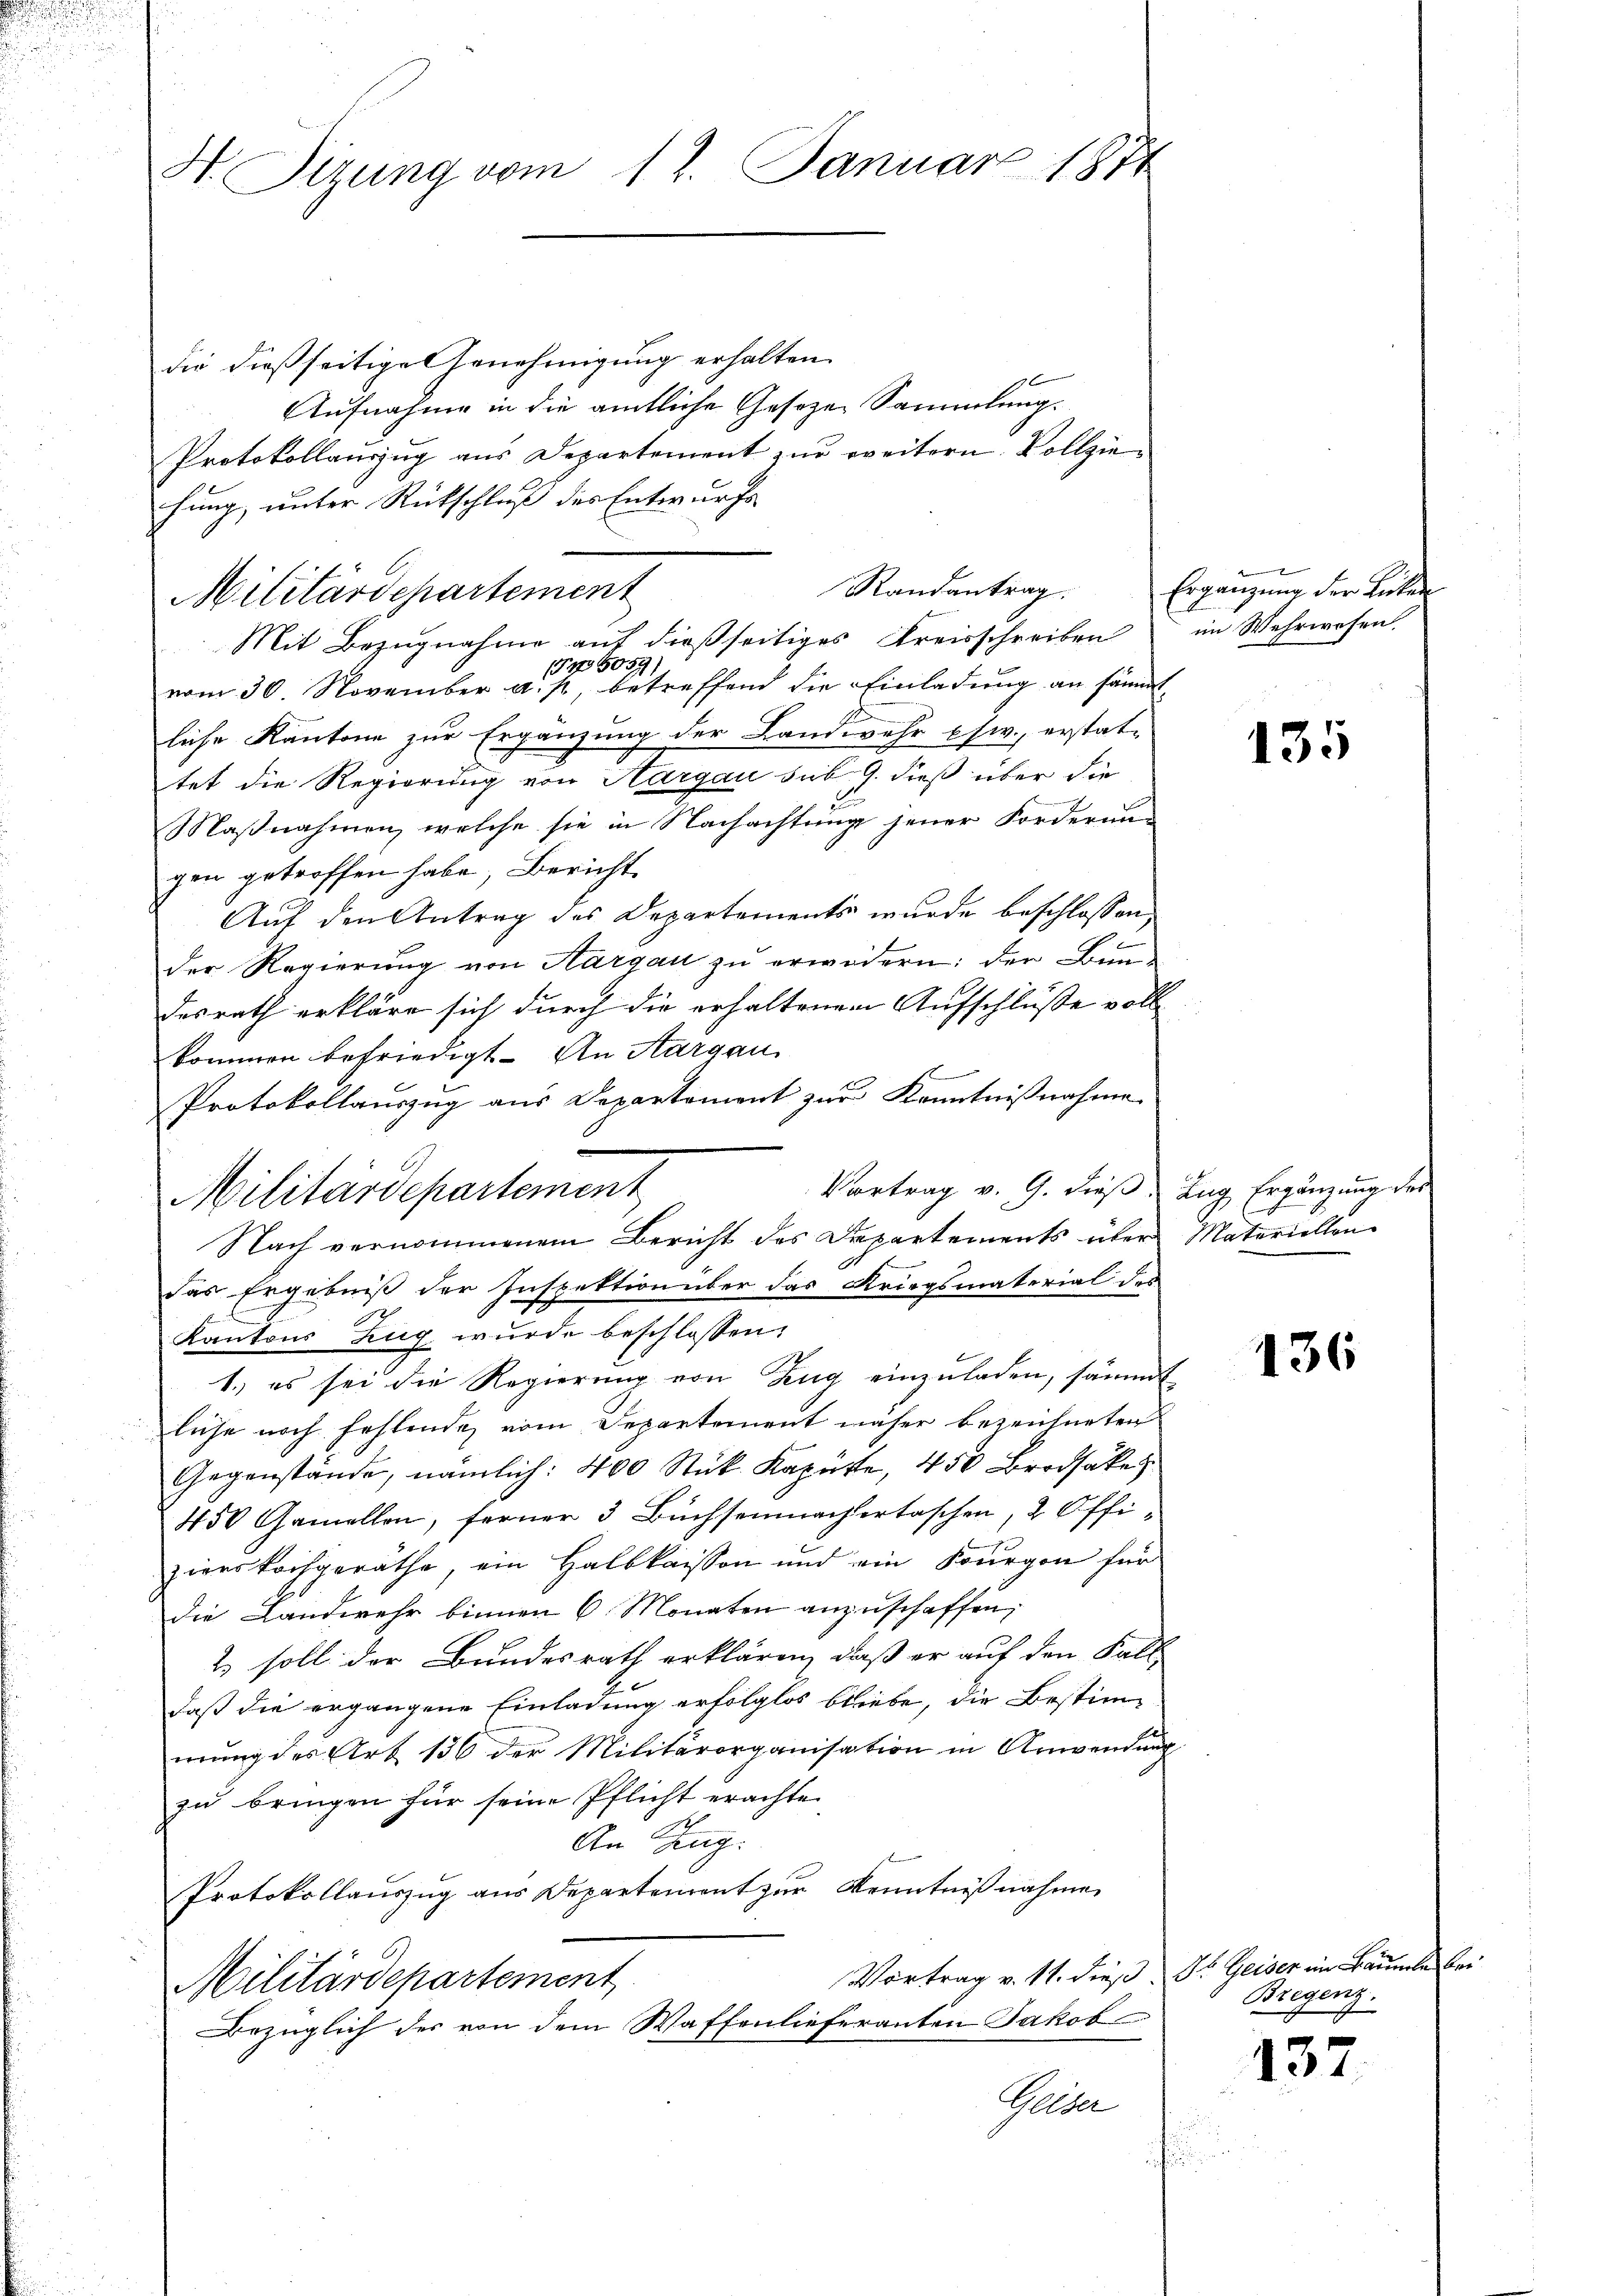
H. Sirung vom 17. Januar 1871

die dießseitige Genehmigung erhalten.
Aufnahme in die amtliche Gesetzen Sammlung.
Protokollauszug aus Departement zur weitern Vollziehung, unter Rückschluß des Entwurfs
Mit Bezugnahme auf dießseitiges Kreisschreiben
vom 30. November als Betreffend die Einladung an sämmt
liche Kantone zur Ergänzung der Landwehr usw., erstat-
tet die Regierung von Hargau sub. 9. dieß über die
Maßnahmen, welche sie in Nachachtung jener Forderun-
gen getroffen habe, Bericht.
Auf den Antrag des Departements wurde beschlossen
der Regierung von Aargau zu erwidern: der Bundesrath erkläre sich durch die erhaltenen Aufschluße vollkommen befriedigt. An Aargau
Protokollauszug aus Departement zur Kenntnißnahme
Vortrag v. G. dieß.
das Ergebniß der Inspektion über das Kriegsmaterial des
Kantons Zug wurde beschlossen:
1.) es sei die Regierung von Zug einzuladen, sämmt
liche noch fehlende vom Departement näher bezeichneten
Gegenstände, nämlich: 400 Stük Kapütte, 450 Brodsakes
450 Gamellen, ferner 3 Büchsenmachertaschen, 2 Offizierskochgerathe, ein Halbkaissen und ein Bourgon für
Die Landwehr binnen 6 Monaten anzuschaffen,
2 soll der Bundesrath erklären, daß er auf den Fall
daß die ergangene Einladung erfolglos bliebe, die Bestim-
mung des Art 136 der Militärorganisation in Anwendung
zu bringen für seine Pflicht erachte
An Sching
Protokollauszug aus Departement zur Kenntnißnahme
Vortrag v. 11. dieß ds Geiser im Bäume bei
Militärdepartement
Bezüglich der von dem Waffenlieferanten Jakob
Gelder
¬

Militärdepartement

Militärdepartement
Nach vernommenem Bericht des Departements über

Randantrag.

x
Ergänzung der Lücken
im Wehrwesen.

135

Lug Ergänzung der
Materiellen

136

Bregenz.

137